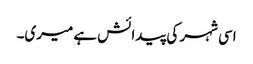
اسی شہر کی پیدائش ہے میری۔